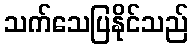
သက်သေပြနိုင်သည်